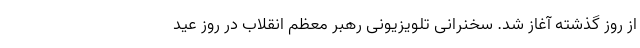
از روز گذشته آغاز شد. سخنرانی تلویزیونی رهبر معظم انقلاب در روز عید